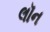
લૉન